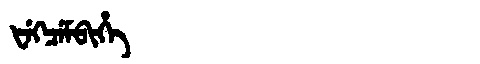
Manchu: ᡶᡝᡴᠴᡝᠮᠪᡳᡥᡝ
Romanization: FEKCEMBIHE